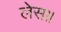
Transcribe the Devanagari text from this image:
लेस॥